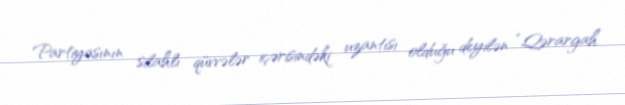
Partiyasının silahlı qüvvələr içərisindəki uzantısı olduğu deyilən “Qərargah